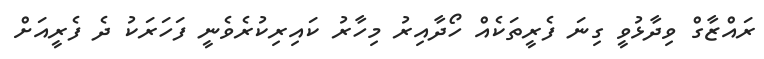
ރައްޒާގް ވިދާޅުވީ ގިނަ ފެރީތަކެއް ހޯދާއިރު މިހާރު ކައިރިކުރެވެނީ ފަހަރަކު ދެ ފެރީއަށް